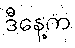
ဒီနေ့က